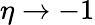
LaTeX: \eta\to-1